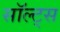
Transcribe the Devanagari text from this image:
सॉल्ट्स